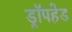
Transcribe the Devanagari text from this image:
ड्रॉपहेड